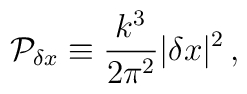
{\cal P}_{\delta x} \equiv {k^3\over2\pi^2} |\delta x|^2 \, ,